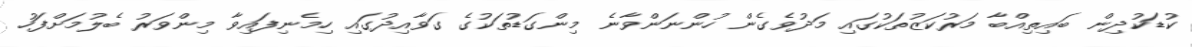
ކުޑަކުދިން ބައިތިއްބާ މަރުކަޒުތަކުގައި މަދުވެގެން ހުންނަންވާނެ މިންގަޑުތަކުގެ ގަވާއިދުގައި ހިމެނިފައިވާ މިންވަރު ބެލުމަށްފަހު